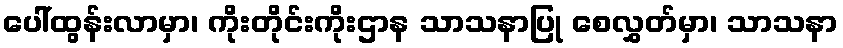
ပေါ်ထွန်းလာမှာ၊ ကိုးတိုင်းကိုးဌာန သာသနာပြု စေလွှတ်မှာ၊ သာသနာ